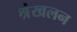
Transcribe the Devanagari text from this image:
श्रंखलन